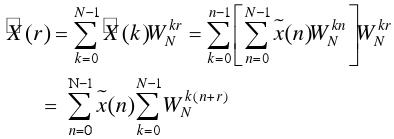
\[
\begin{align*}
\widetilde{X}(r)&=\sum_{k = 0}^{N - 1}\widetilde{X}(k)W_{N}^{kr}=\sum_{k = 0}^{N - 1}\left[\sum_{n = 0}^{N - 1}\widetilde{x}(n)W_{N}^{kn}\right]W_{N}^{kr}\\
&=\sum_{n = 0}^{N - 1}\widetilde{x}(n)\sum_{k = 0}^{N - 1}W_{N}^{k(n + r)}
\end{align*}
\]